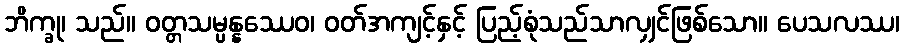
ဘိက္ခု၊ သည်။ ဝတ္တသမ္ပန္နဿေဝ၊ ဝတ်အကျင့်နှင့် ပြည့်စုံသည်သာလျှင်ဖြစ်သော။ ပေသလဿ၊